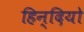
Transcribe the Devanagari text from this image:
हिन्दियो